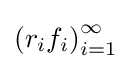
\left(r_{i}f_{i}\right)_{i=1}^{\infty }